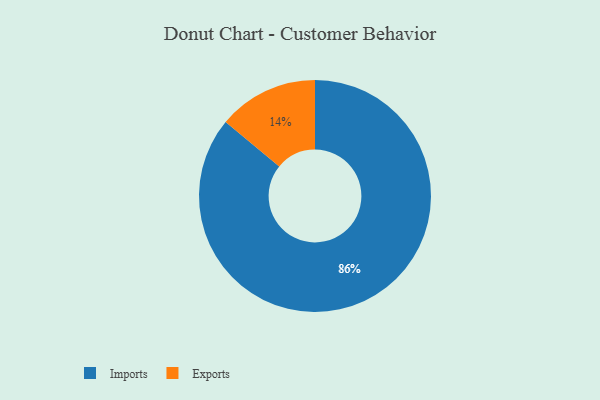
{"axis": {"x": "Category", "y": "Percentage"}, "legend": ["Exports", "Imports"], "data": [{"x": "Exports", "y": 14, "type": "Exports"}, {"x": "Imports", "y": 86, "type": "Imports"}]}